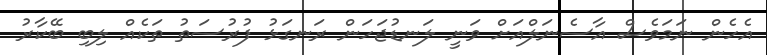
އެހެން ނަމަވެސް އާސެނަލްއަށް ވަނީ ލަނޑުޖަހަން ރަނގަޅު ފުރުސަތު ތަކެއް ލިބި ބޭކާރު